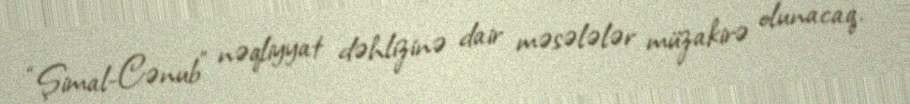
“Şimal-Cənub” nəqliyyat dəhlizinə dair məsələlər müzakirə olunacaq.